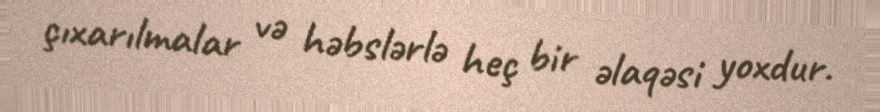
çıxarılmalar və həbslərlə heç bir əlaqəsi yoxdur.